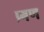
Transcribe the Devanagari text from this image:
प्र्गण